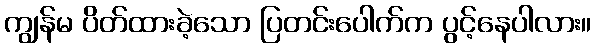
ကျွန်မ ပိတ်ထားခဲ့သော ပြတင်းပေါက်က ပွင့်နေပါလား။